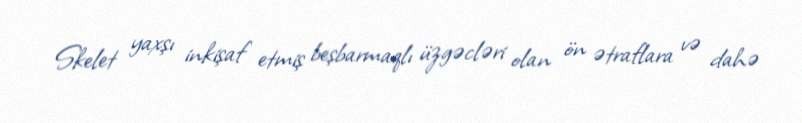
Skelet yaxşı inkişaf etmiş beşbarmaqlı üzgəcləri olan ön ətraflara və dahə